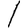
Digit: 1